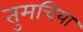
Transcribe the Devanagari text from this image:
तुमचिया